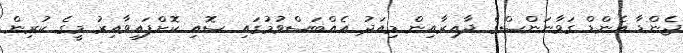
ޖެންޑާ އެންޑް ގަވާނަންސްގެ ދާއިރާއިން މިއަދު އެއްބަސްވުމުގައި ސޮއި ކޮށްފައިވާއިރު މީގެ ކުރިން